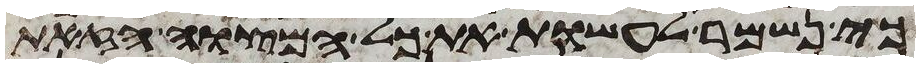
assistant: כי נשמר לעשות את כל המצוה הזאת